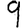
Digit: 9